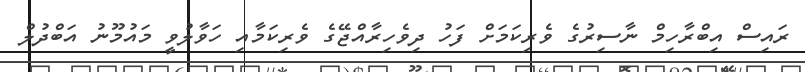
ރައިސް އިބްރާހިމް ނާސިރުގެ ވެރިކަމަށް ފަހު ދިވެހިރާއްޖޭގެ ވެރިކަމާއި ހަވާލުވީ މައުމޫނު އަބްދުލް